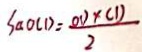
S _ { \Delta } O C D = \frac { O D \times C D } { 2 }